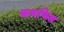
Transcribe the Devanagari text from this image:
कथफिस